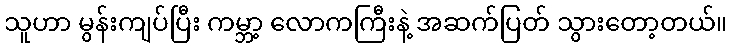
သူဟာ မွန်းကျပ်ပြီး ကမ္ဘာ့ လောကကြီးနဲ့ အဆက်ပြတ် သွားတော့တယ်။